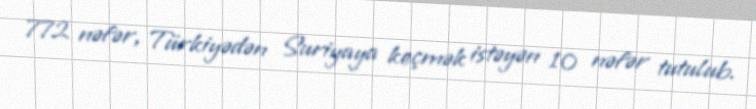
772 nəfər, Türkiyədən Suriyaya keçmək istəyən 10 nəfər tutulub.